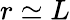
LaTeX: r\simeq L